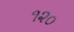
૧૨૦